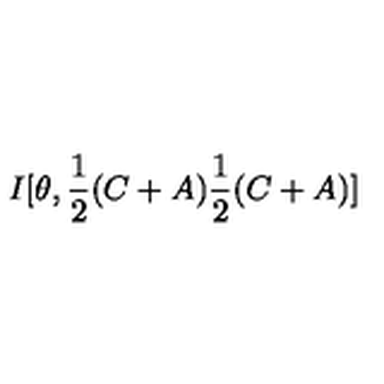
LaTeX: I [ \theta , \frac { 1 } { 2 } ( C + A ) \frac { 1 } { 2 } ( C + A ) ]